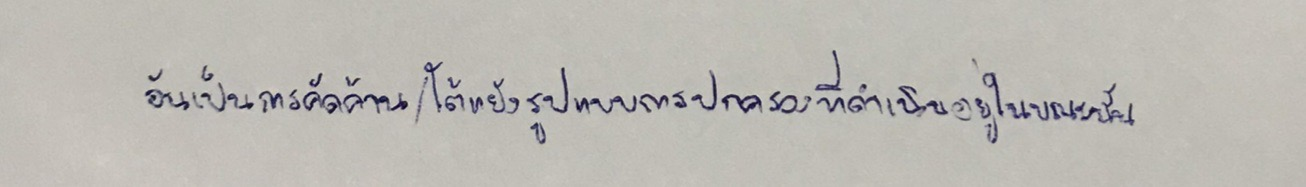
อันเป็นการคัดค้าน/โต้แย้งรูปแบบการปกครองที่ดำเนินอยู่ในขณะนั้น